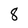
Character: 8